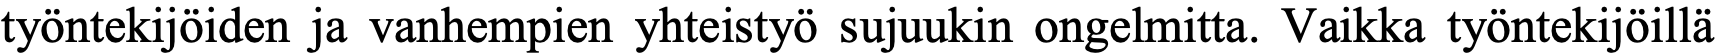
työntekijöiden ja vanhempien yhteistyö sujuukin ongelmitta. Vaikka työntekijöillä